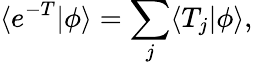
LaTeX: \langle e^{-T}|\phi\rangle=\sum_{j}\langle T_{j}|\phi\rangle,